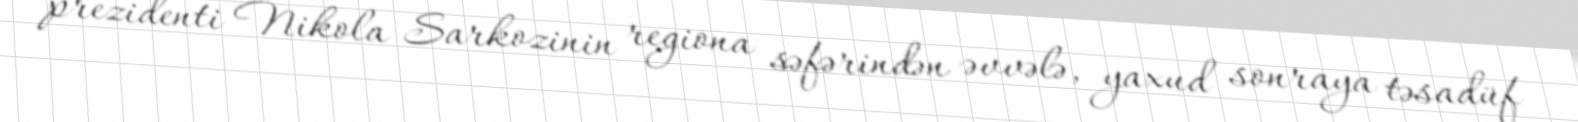
prezidenti Nikola Sarkozinin regiona səfərindən əvvələ, yaxud sonraya təsadüf